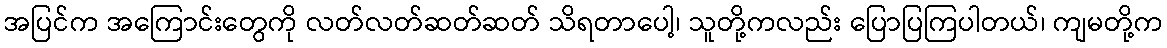
အပြင်က အကြောင်းတွေကို လတ်လတ်ဆတ်ဆတ် သိရတာပေါ့၊ သူတို့ကလည်း ပြောပြကြပါတယ်၊ ကျမတို့က